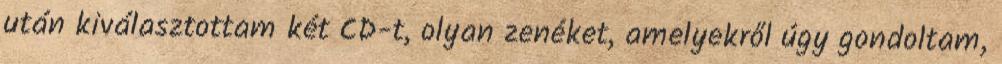
után kiválasztottam két CD-t, olyan zenéket, amelyekről úgy gondoltam,